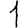
Digit: 1